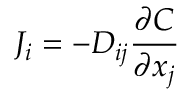
J _ { i } = - D _ { i j } { \frac { \partial C } { \partial x _ { j } } }